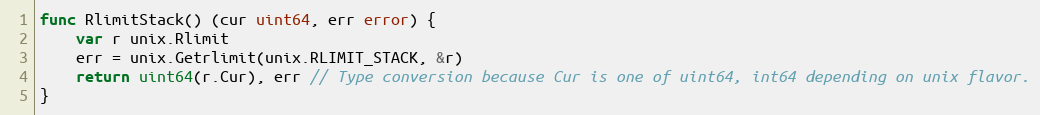
Language: Go
func RlimitStack() (cur uint64, err error) {
	var r unix.Rlimit
	err = unix.Getrlimit(unix.RLIMIT_STACK, &r)
	return uint64(r.Cur), err // Type conversion because Cur is one of uint64, int64 depending on unix flavor.
}